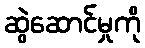
ဆွဲဆောင်မှုကို